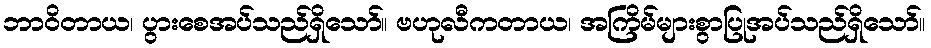
ဘာဝိတာယ၊ ပွားစေအပ်သည်ရှိသော်။ ဗဟုလီကတာယ၊ အကြိမ်များစွာပြုအပ်သည်ရှိသော်။